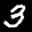
Label: 3